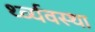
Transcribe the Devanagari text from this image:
र्थ्व्यवस्था